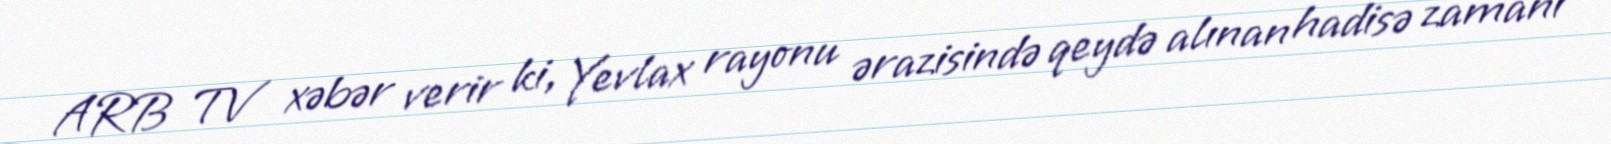
ARB TV xəbər verir ki, Yevlax rayonu ərazisində qeydə alınan hadisə zamanı